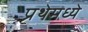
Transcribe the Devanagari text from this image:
प्रथेमध्ये